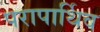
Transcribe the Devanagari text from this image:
परापार्थिव